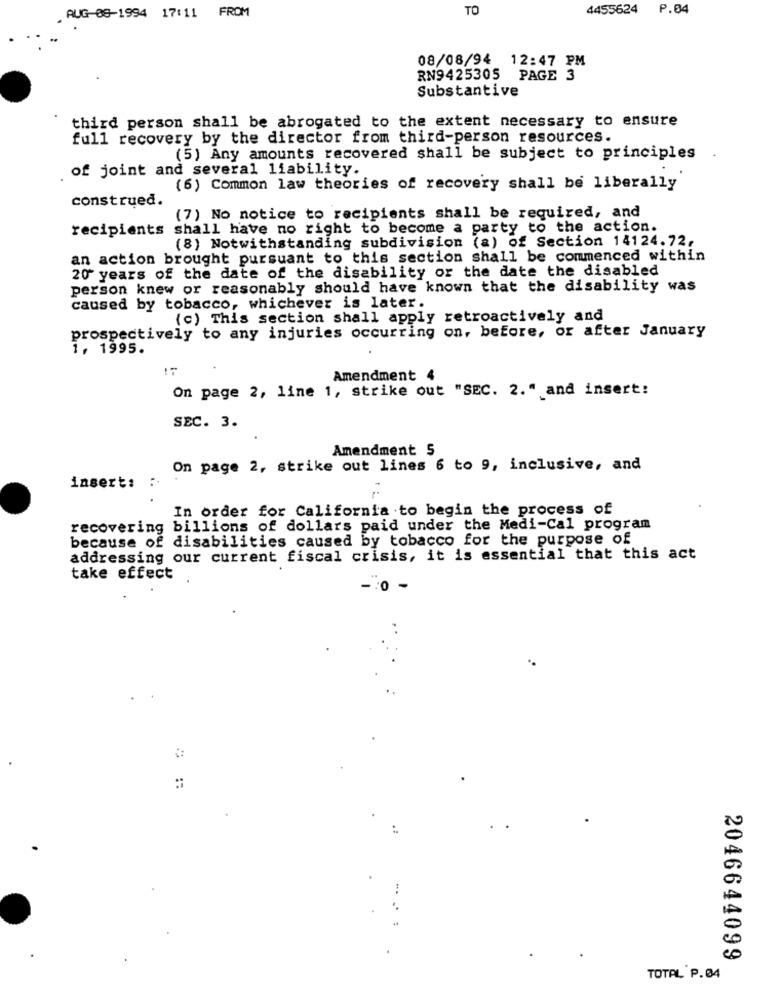
TO
4455624 P.04
AUG-08-1994 17:11 FROM
08/08/94 12:47 PM
RN9425305 PAGE 3
Substantive
third person shall be abrogated to the extent necessary to ensure
full recovery by the director from third-person resources.
(5) Any amounts recovered shall be subject to principles
of joint and several liability.
(6) Common law theories of recovery shall be liberally
construed.
(7) No notice to recipients shall be required, and
recipients
shall have no right to become a party to the action.
(8) Notwithstanding subdivision (a) of Section 14124.72.
an action brought pursuant to this section shall be commenced within
20 years of the date of the disability or the date the disabled
person knew or reasonably should have known that the disability was
caused by tobacco, whichever is later.
(c) This section shall apply retroactively and
prospectively to any injuries occurring on, before, or after January
1, 1995.
Amendment 4
On page 2, line 1, strike out "SEC. 2." and insert:
SEC. 3.
Amendment 5
On page 2, strike out lines 6 to 9, inclusive, and
insert: :.
In order for California to begin the process of
recovering billions of dollars paid under the Medi-Cal program
because of disabilities caused by tobacco for the purpose of
addressing our current fiscal crisis, it is essential that this act
take effect
:
2046644099
TOTAL P.04